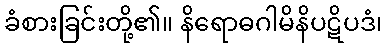
ခံစားခြင်းတို့၏။ နိရောဓဂါမိနိပဋိပဒံ၊